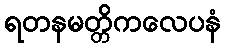
ရတနမတ္တိကလေပနံ